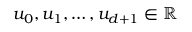
u _ { 0 } , u _ { 1 } , \ldots , u _ { d + 1 } \in \mathbb { R }